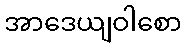
အာဒေယျဝါစော